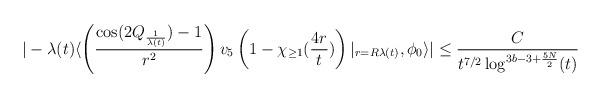
LaTeX: \begin{align*} |-\lambda(t) \langle \left(\frac{\cos(2Q_{\frac{1}{\lambda(t)}})-1}{r^{2}}\right)v_{5}\left(1-\chi_{\geq 1}(\frac{4r}{t})\right)\vert_{r=R\lambda(t)},\phi_{0}\rangle|&\leq \frac{C}{t^{7/2} \log^{3b-3+\frac{5N}{2}}(t)}\end{align*}